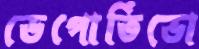
ডেপোর্তিভো